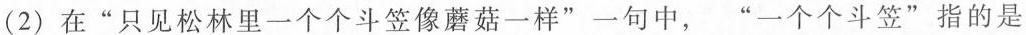
(2) 在“只见松林里一个个斗笠像蘑菇一样”一句中，“一个个斗笠”指的是